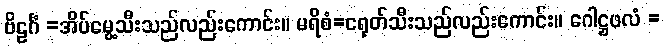
ဗိဠင်္ဂံ =အိပ်မွေ့သီးသည်လည်းကောင်း။ မရိစံ=ငရုတ်သီးသည်လည်းကောင်း။ ဂေါဋ္ဌဖလံ =